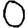
Digit: 0